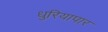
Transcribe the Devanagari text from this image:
धुरियापार